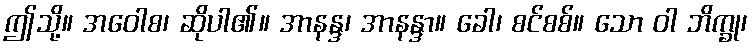
ဤသို့။ အဝေါစ၊ ဆိုပါ၏။ အာနန္ဒ၊ အာနန္ဒာ။ ခေါ၊ စင်စစ်။ သော ဝါ ဘိက္ခု၊